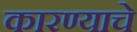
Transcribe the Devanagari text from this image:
कारण्याचे